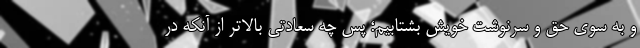
و به سوی حق و سرنوشت خویش بشتابیم؛ پس چه سعادتی بالاتر از آنکه در